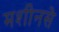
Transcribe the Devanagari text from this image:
मशीनसे